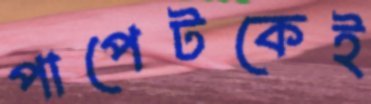
পাপেটকেই